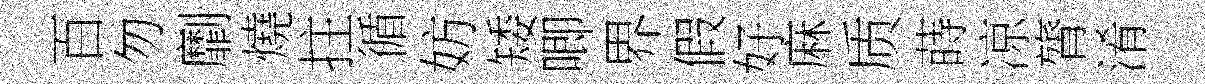
百勿劘燒拄循妨矮唧界假好麻质蒔凉膂淆